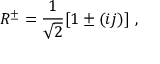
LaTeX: R ^ { \pm } = \frac { 1 } { \sqrt { 2 } } [ 1 \pm ( i j ) ] ~ ,